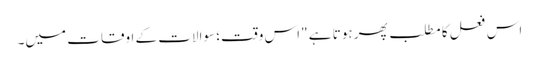
اس فعل کا مطلب پھر ہوتا ہے "اس وقت؛ سوالات کے اوقات میں۔